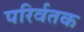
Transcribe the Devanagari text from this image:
परिर्वतक